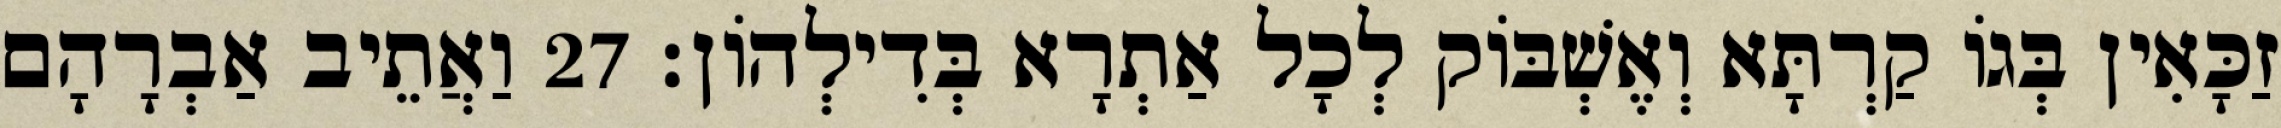
זַכָּאִין בְּגוֹ קַרְתָּא וְאֶשְׁבּוֹק לְכָל אַתְרָא בְּדִילְהוֹן׃ 27 וַאֲתֵיב אַבְרָהָם